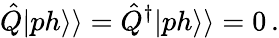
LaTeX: \hat{Q}|ph\rangle\rangle=\hat{Q}^{\dagger}|ph\rangle\rangle=0\, .